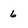
Character: 6